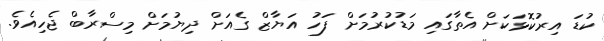
ކުޑަ އިރުކޮޅަކަށް އެތާގައި މަަޑުކުރުމަށް ފަހު އަޔާޒް ގެއަށް ދިޔުމަށް މިސްރާބް ޖެހިއެވެ.